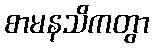
စာမနသိကတွာ